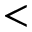
<